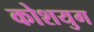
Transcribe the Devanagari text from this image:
कोशयुग